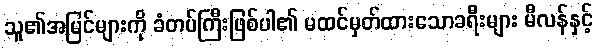
သူ၏အမြင်များကို ခံတပ်ကြီးဖြစ်ပါ၏ မထင်မှတ်ထားသောခရီးများ မီလန်နှင့်